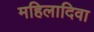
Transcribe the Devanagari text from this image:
महिलादिवा